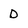
Character: D